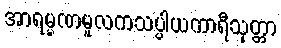
အာရမ္မဏမူလကသပ္ပါယကာရီသုတ္တာ